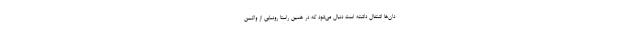
دان‌ها اشتغال داشته است دنبال می‌شود که در همین راستا رونمایی از واکسن